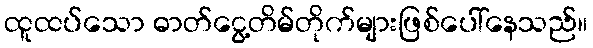
ထူထပ်သော ဓာတ်ငွေ့တိမ်တိုက်များဖြစ်ပေါ်နေသည်။